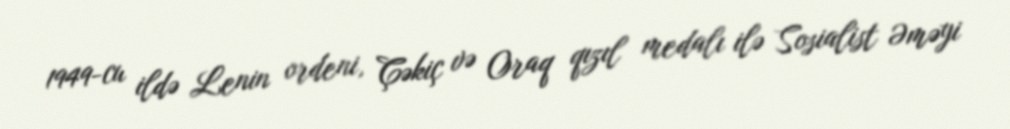
1949-cu ildə Lenin ordeni, Çəkiç və Oraq qızıl medalı ilə Sosialist Əməyi